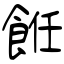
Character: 餁